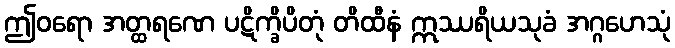
ဤဝရော အတ္ထရဏေ ပဋိက္ခိပိတုံ တိထီနံ ဣဿရိယသုခံ အဂ္ဂဟေသုံ